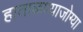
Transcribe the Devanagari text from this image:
हाताळण्याजोग्या